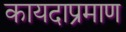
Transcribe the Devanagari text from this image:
कायदाप्रमाण